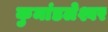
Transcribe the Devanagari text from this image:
कुमांडलेश्वर